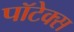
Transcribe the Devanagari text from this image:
पॉटेक्स